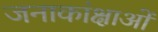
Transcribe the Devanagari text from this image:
जनाकांक्षाओं